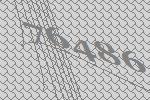
76486